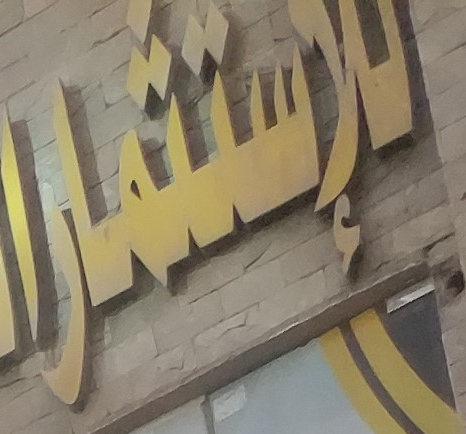
للإستثمار